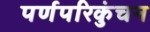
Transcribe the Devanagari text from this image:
पर्णपरिकुंचन